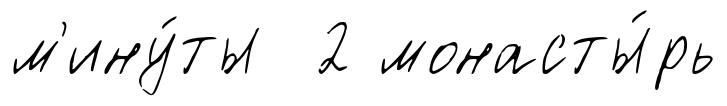
м'ину́ты 2 монасты́рь